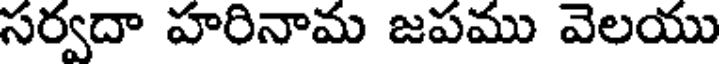
సర్వదా హరినామ జపము వెలయు